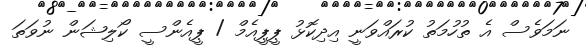
ނަމަވެސް އެ ތުހުމަތު ކުރައްވަނީ އިދިކޮޅު ޕީޕީއެމް / ޕީއެންސީ ކޯލިޝަން ނުވަތަ